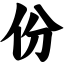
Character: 份